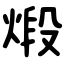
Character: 煅